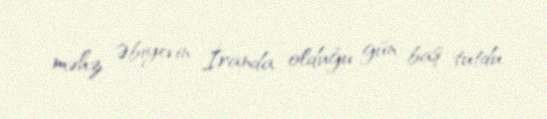
məhz Əbiyevin İranda olduğu gün baş tutdu.